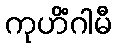
ကုဟိံဂါမီ